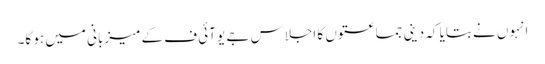
انہوں نے بتایا کہ دینی جماعتوں کا اجلاس جے یو آئی ف کے میزبانی میں ہو گا۔